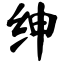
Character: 绅